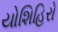
યોશિહિરો